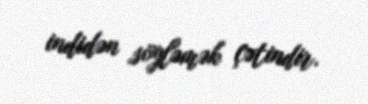
indidən söyləmək çətindir.